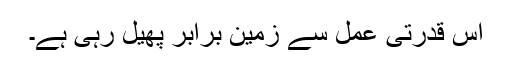
اس قدرتی عمل سے زمین برابر پھیل رہی ہے۔